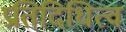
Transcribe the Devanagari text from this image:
प्रतिदिधित्व